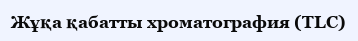
Жұқа қабатты хроматография (TLC)